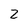
Character: 2